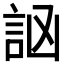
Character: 𧦆